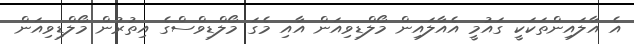
އެ އާލައިންތަކަކީ ގައުމީ އެއާލައިން މޯލްޑިވިއަން އާއި މެގަ މޯލްޑިވްސްގެ އިތުރުން މޯލްޑިވިއަން